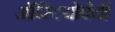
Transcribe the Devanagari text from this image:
ऑस्टियोपेथी